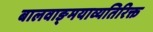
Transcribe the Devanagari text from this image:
बालवाङ्‌मयाव्यतिरिक्त